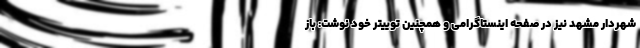
شهردار مشهد نیز در صفحه اینستاگرامی و همچنین توییتر خود نوشت: باز